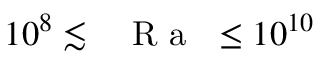
1 0 ^ { 8 } \lesssim \mathrm { ~ \textit ~ { ~ R ~ a ~ } ~ } \leq 1 0 ^ { 1 0 }